kultuurilooline_kollektsioon, lk 86
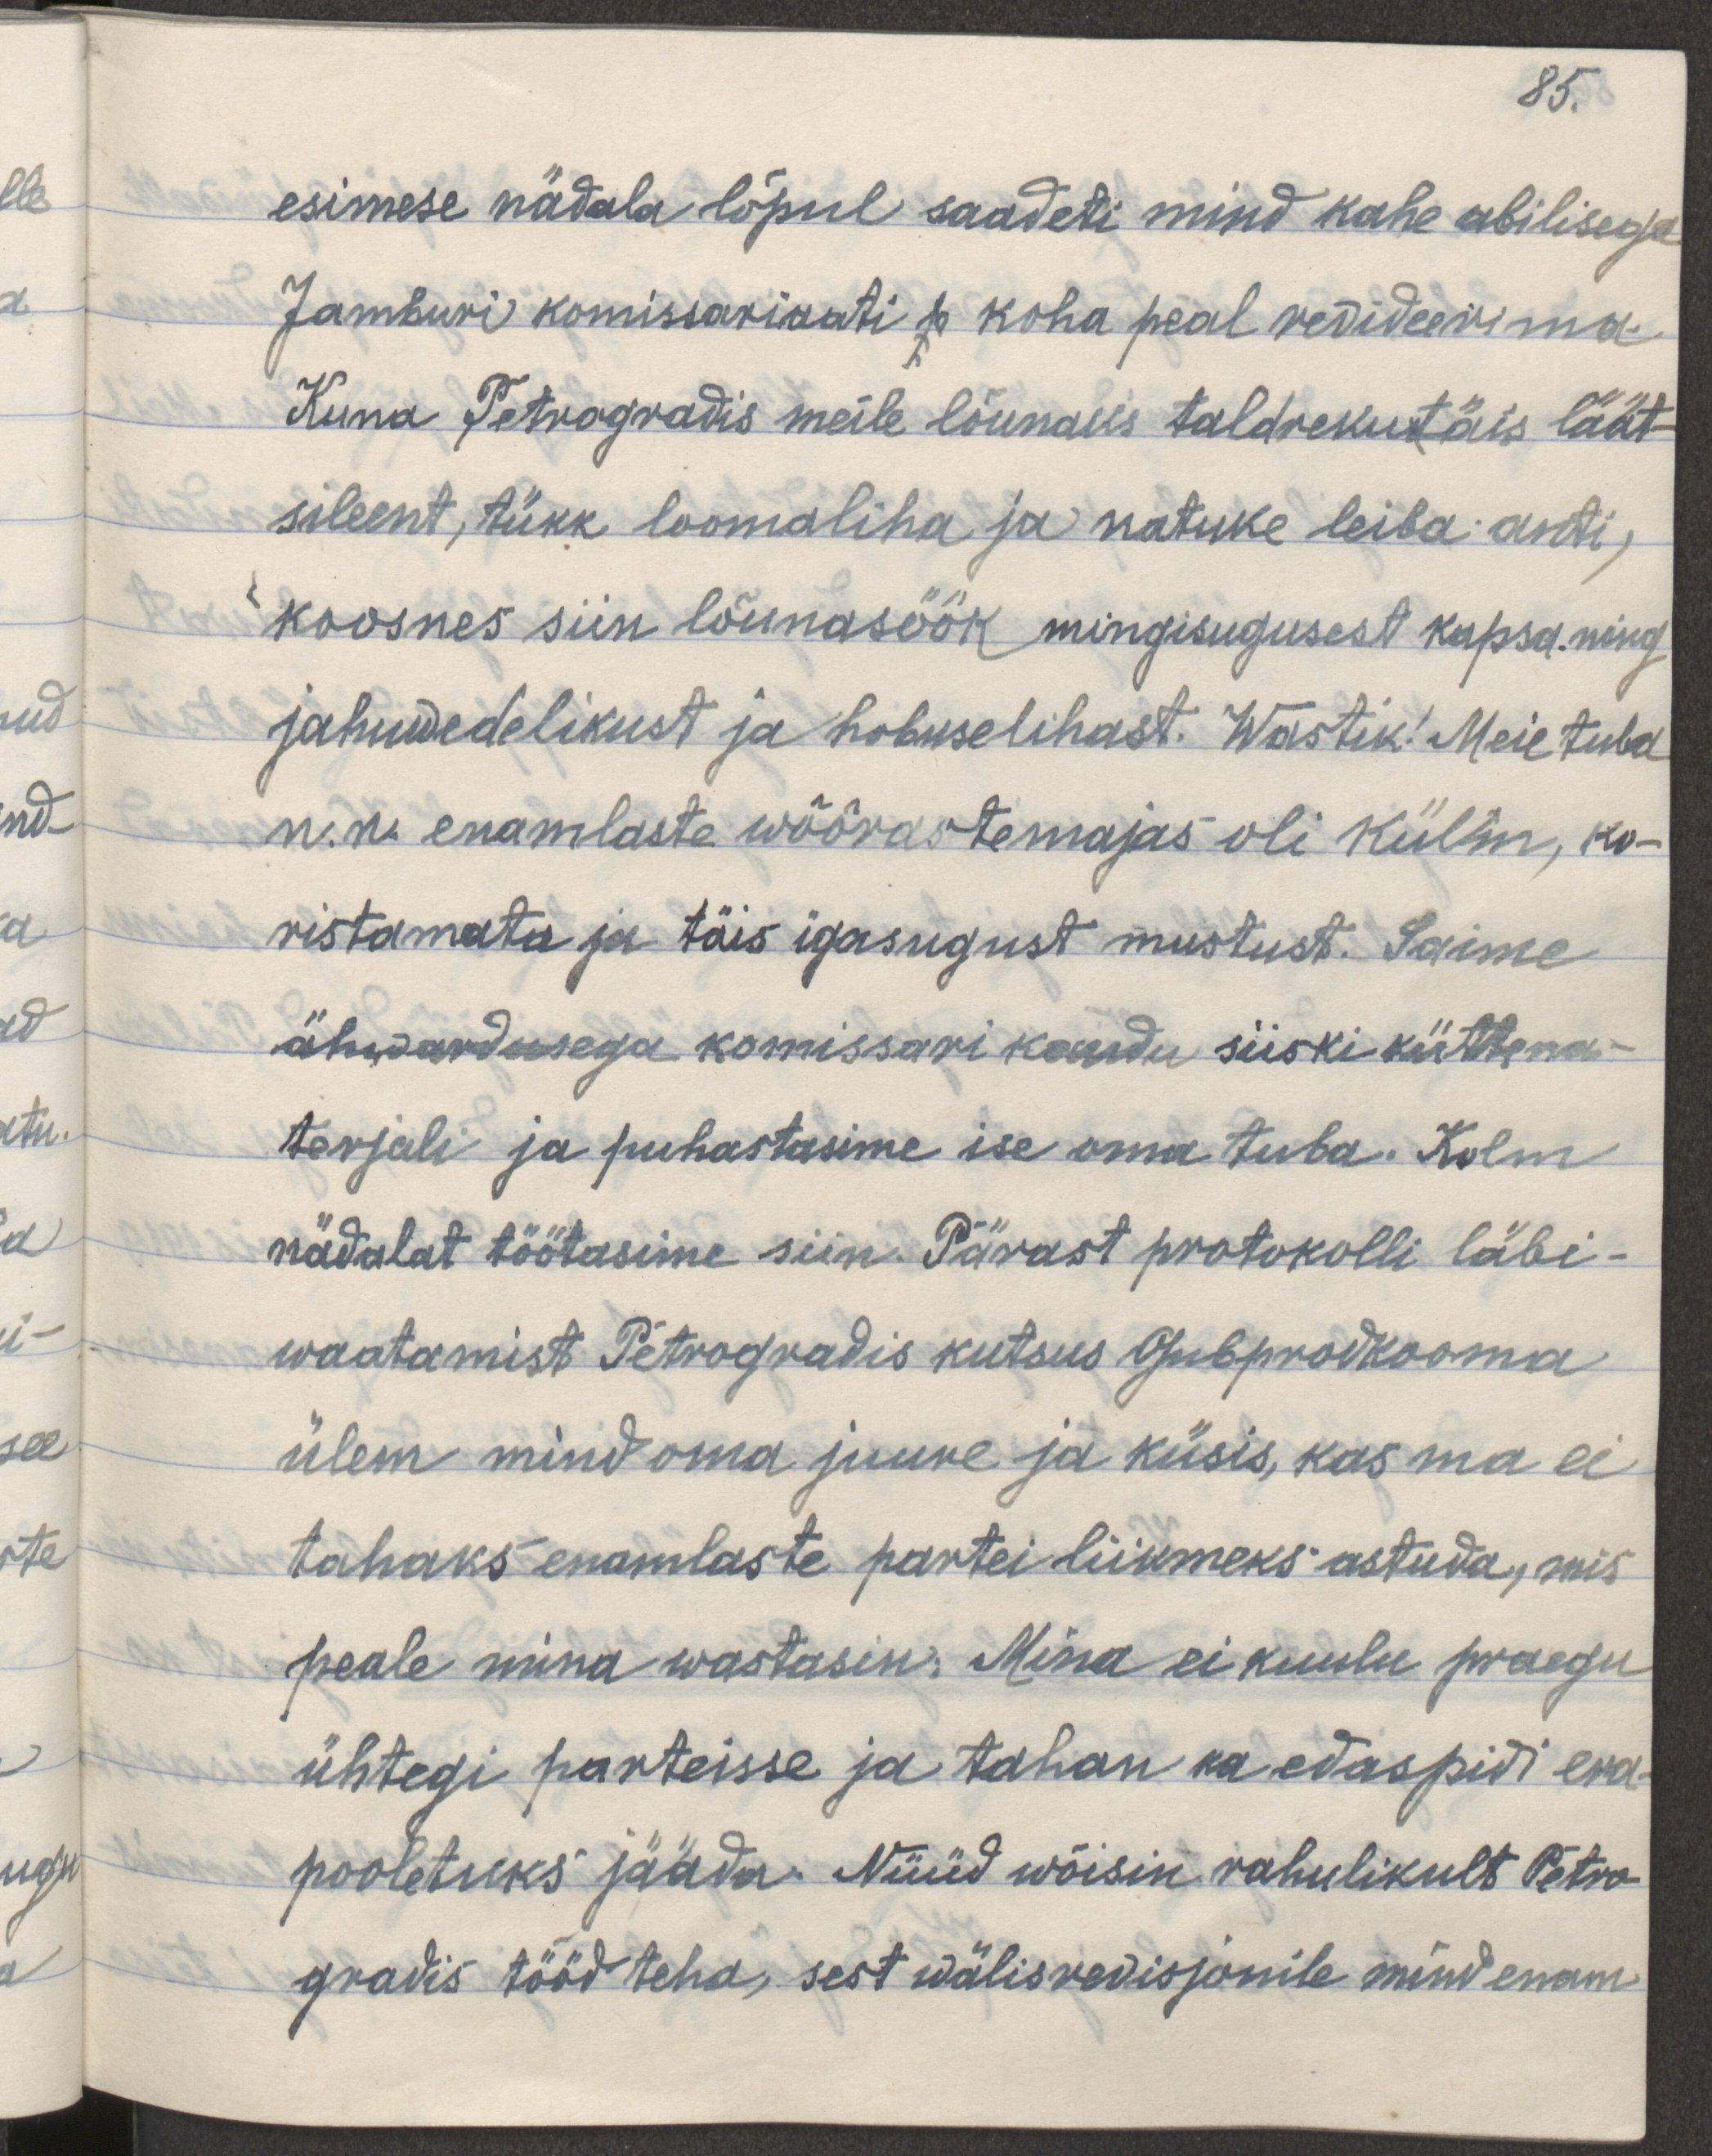
85.
esimese nädala lõpul saadeti mind kahe abilisega
Jamburi komissariaati p koha peal revideerima.
Kuna Petrogradis meile lõunaks taldrekutäis läät-
sileent, tükk loomaliha ja natuke leiba anti,
koosnes siin lõunasöök mingisugusest kapsa ning
jahuwedelikust ja hobuselihast. Wastik! Meie tuba
n.n. enamlaste wõõrastemajas oli külm, ko-
ristamata ja täis igasugust mustust. Saime
ähwardusega komissari kaudu siiski küttema-
terjali ja puhastasime ise oma tuba. Kolm
nädalat töötasin siin. Pärast protokolli läbi-
waatamist Petrogradis kutsus gubprodkooma
ülem mind oma juure ja küsis, kas ma ei
tahaks enamlaste partei liikmeks astuda, mis
peale mina wastasin: Mina ei kuulu praegu
ühtegi parteisse ja tahan ka edaspidi era-
pooletuks jääda. Nüüd wõisin rahulikult Petro-
gradis tööd teha, et wälisrevisjonile mind enam